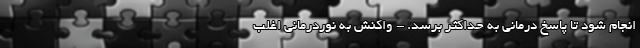
انجام شود تا پاسخ درمانی به حداکثر برسد. - واکنش به نوردرمانی اغلب